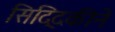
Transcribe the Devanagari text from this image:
सिद्दिकीने